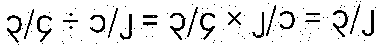
၃/၄ ÷ ၁/၂ = ၃/၄ × ၂/၁ = ၃/၂